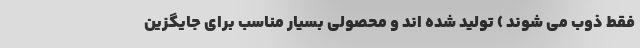
فقط ذوب می شوند ) تولید شده اند و محصولی بسیار مناسب برای جایگزین